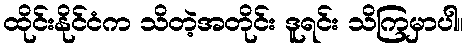
ထိုင်းနိုင်ငံက သိတဲ့အတိုင်း ဒူရင်း သိကြမှာပါ။